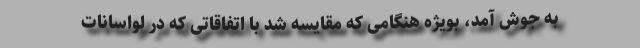
به جوش آمد، بویژه هنگامی که مقایسه شد با اتفاقاتی که در لواسانات